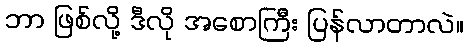
ဘာ ဖြစ်လို့ ဒီလို အစောကြီး ပြန်လာတာလဲ။